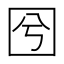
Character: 𡆽